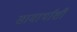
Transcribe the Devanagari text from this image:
सामार्थांशी